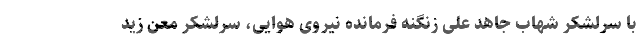
با سرلشکر شهاب جاهد علی زنگنه فرمانده نیروی هوایی، سرلشکر معن زید